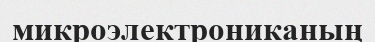
микроэлектрониканың